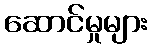
ဆောင်မှုများ